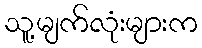
သူ့မျက်လုံးများက